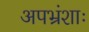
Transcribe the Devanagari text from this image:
अपभ्रंशाः